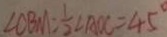
\angle O B M = \frac { 1 } { 2 } \angle A O C = 4 5 ^ { \circ }